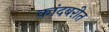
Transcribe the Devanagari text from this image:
कांदबरीत